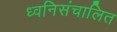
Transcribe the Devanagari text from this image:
ध्वनिसंचालित